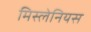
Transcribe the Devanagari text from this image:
मिस्लेनियस